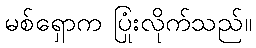
မစ်ရှောက ပြုံးလိုက်သည်။